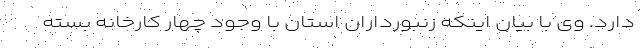
دارد. وی با بیان اینکه زنبورداران استان با وجود چهار کارخانه بسته